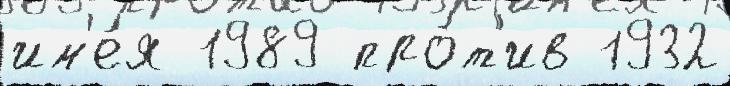
им'е́я 1989 про́т'ив 1932